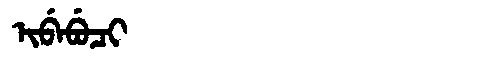
Manchu: ᡳᠪᡝᠪᡠᠴᡳ
Romanization: IBEBUCI